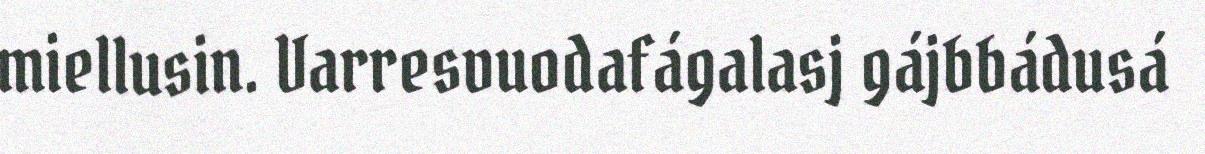
miellusin. Varresvuodafágalasj gájbbádusá